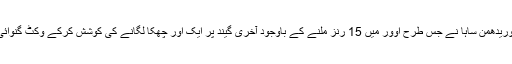
روہیت تو جال میں پھنسے ہی لیکن وریدھمن ساہا نے جس طرح اوور میں 15 رنز ملنے کے باوجود آخری گیند پر ایک اور چھکا لگانے کی کوشش کرکے وکٹ گنوائی، وہ ایک بہت مایوس کن منظر تھا۔